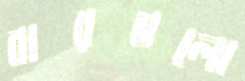
বারগুলো